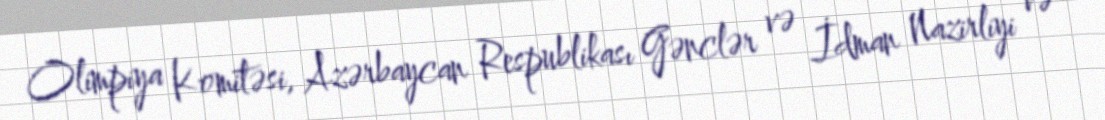
Olimpiya Komitəsi, Azərbaycan Respublikası Gənclər və İdman Nazirliyi və